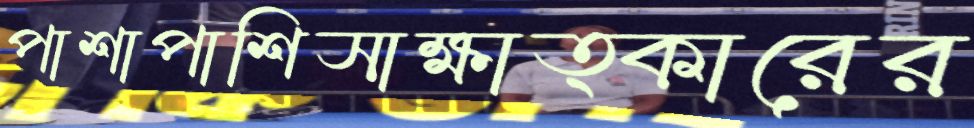
পাশাপাশিসাক্ষাত্কারের